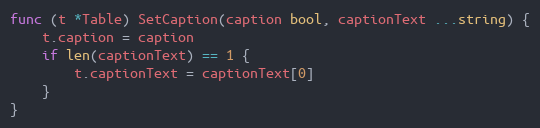
Language: Go
func (t *Table) SetCaption(caption bool, captionText ...string) {
	t.caption = caption
	if len(captionText) == 1 {
		t.captionText = captionText[0]
	}
}